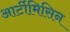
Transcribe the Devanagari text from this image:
आर्टीमिसिन